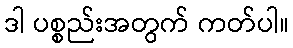
ဒါ ပစ္စည်းအတွက် ကတ်ပါ။